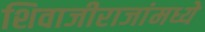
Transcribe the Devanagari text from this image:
शिवाजीराजांमध्ये